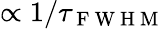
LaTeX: \propto 1/\tau_{\mathrm{~F~W~H~M~}}